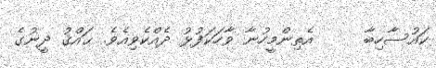
ކައުސާހިބާ     އެތިންމީހުނާ ވާހަކަފުޅު ދެއްކެވިއެވެ. ޙައްޤު ދީނުގެ